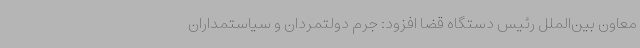
معاون بین‌الملل رئیس دستگاه قضا افزود: جرم دولتمردان و سیاستمداران